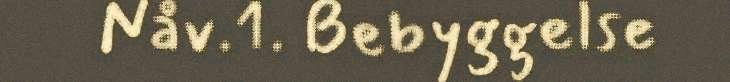
Nåv.1. Bebyggelse